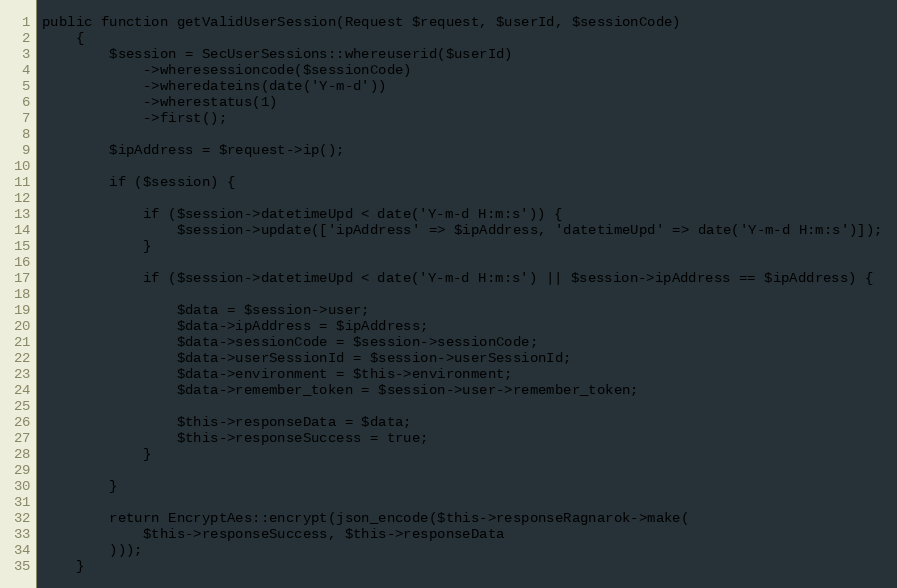
Language: PHP
public function getValidUserSession(Request $request, $userId, $sessionCode)
    {
        $session = SecUserSessions::whereuserid($userId)
            ->wheresessioncode($sessionCode)
            ->wheredateins(date('Y-m-d'))
            ->wherestatus(1)
            ->first();

        $ipAddress = $request->ip();

        if ($session) {

            if ($session->datetimeUpd < date('Y-m-d H:m:s')) {
                $session->update(['ipAddress' => $ipAddress, 'datetimeUpd' => date('Y-m-d H:m:s')]);
            }

            if ($session->datetimeUpd < date('Y-m-d H:m:s') || $session->ipAddress == $ipAddress) {

                $data = $session->user;
                $data->ipAddress = $ipAddress;
                $data->sessionCode = $session->sessionCode;
                $data->userSessionId = $session->userSessionId;
                $data->environment = $this->environment;
                $data->remember_token = $session->user->remember_token;

                $this->responseData = $data;
                $this->responseSuccess = true;
            }

        }

        return EncryptAes::encrypt(json_encode($this->responseRagnarok->make(
            $this->responseSuccess, $this->responseData
        )));
    }